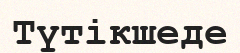
Түтікшеде